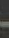
-